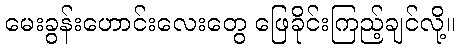
မေးခွန်းဟောင်းလေးတွေ ဖြေခိုင်းကြည့်ချင်လို့။